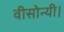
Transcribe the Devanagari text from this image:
वीसोन्यी।